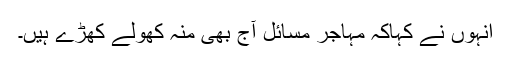
انہوں نے کہاکہ مہاجر مسائل آج بھی منہ کھولے کھڑے ہیں۔